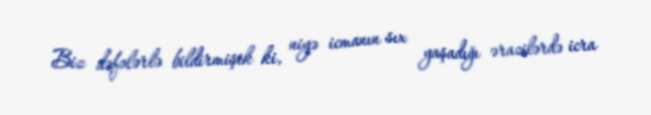
Biz dəfələrlə bildirmişik ki, niyə icmanın sıx yaşadığı ərazilərdə icra